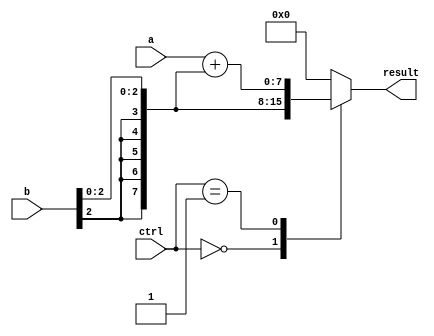
`timescale 1ns / 1ps
//////////////////////////////////////////////////////////////////////////////////
// 
// Module Name:    ALU 
//////////////////////////////////////////////////////////////////////////////////
module ALU(
    input [7:0] a,//reg val
    input [7:0] b,//direcly connect to instruction
    input [1:0] ctrl,
    output reg [7:0] result
    );

always @(a,b,ctrl) begin
	case(ctrl)
	2'b00: begin
		result = {{5{b[2]}}, b[2:0]};
		end
	2'b01: begin
		result = a + {{5{b[2]}}, b[2:0]};
		end
	default: begin
		result = 8'b00000000;
	end
	endcase
end
endmodule